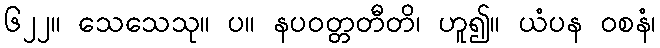
၆၂၂။ သေသေသု။ ပ။ နပဝတ္တတီတိ၊ ဟူ၍။ ယံပန ဝစနံ၊